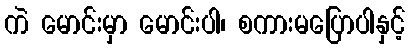
ကဲ မောင်းမှာ မောင်းပါ၊ စကားမပြောပါနှင့်